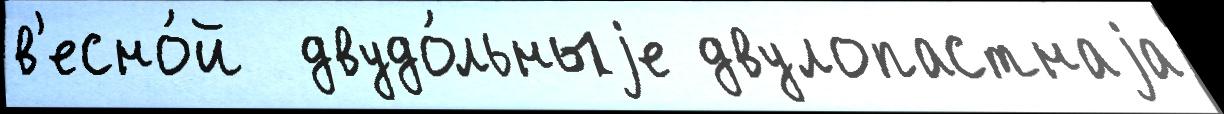
в'есно́й  двудо́льныjе двулопастнаjа